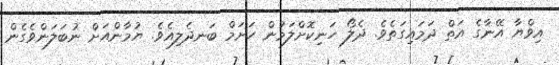
އިވްޔާ އޭނާގެ އަތް ދަމައިގަތެވެ. ދެލޯ ހަނިކޮށްލަމުން ހަށަމް ބަނދެލިއެވެ. ޔުމާންއަށް ނުބަލަންވެގެން